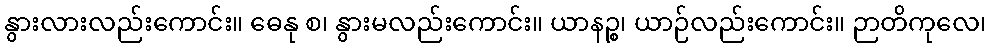
နွားလားလည်းကောင်း။ ဓေနု စ၊ နွားမလည်းကောင်း။ ယာနဉ္စ၊ ယာဉ်လည်းကောင်း။ ဉာတိကုလေ၊